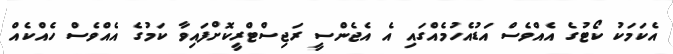
އެކަމަކު ކޯޓުގެ އެއްވެސް އަޑުއެހުމެއްގައި އެ އެޖެންސީ ރަޖިސްޓްރީކޮށްފައިވާ ކަމުގެ އެއްވެސް ހެއްކެއް